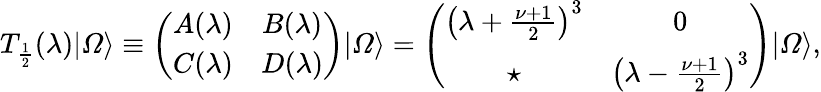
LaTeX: T_{\frac{1}{2}}(\lambda)|{\mit\Omega}\rangle\equiv\left(\begin{array}{cc}{{A(\lambda)}}&{{B(\lambda)}}\\ {{C(\lambda)}}&{{D(\lambda)}}\end{array}\right)|{\mit\Omega}\rangle=\left(\begin{array}{cc}{{\left(\lambda+\frac{\nu+1}{2}\right)^{3}}}&{{0}}\\ {{\star}}&{{\left(\lambda-\frac{\nu+1}{2}\right)^{3}}}\end{array}\right)|{\mit\Omega}\rangle,